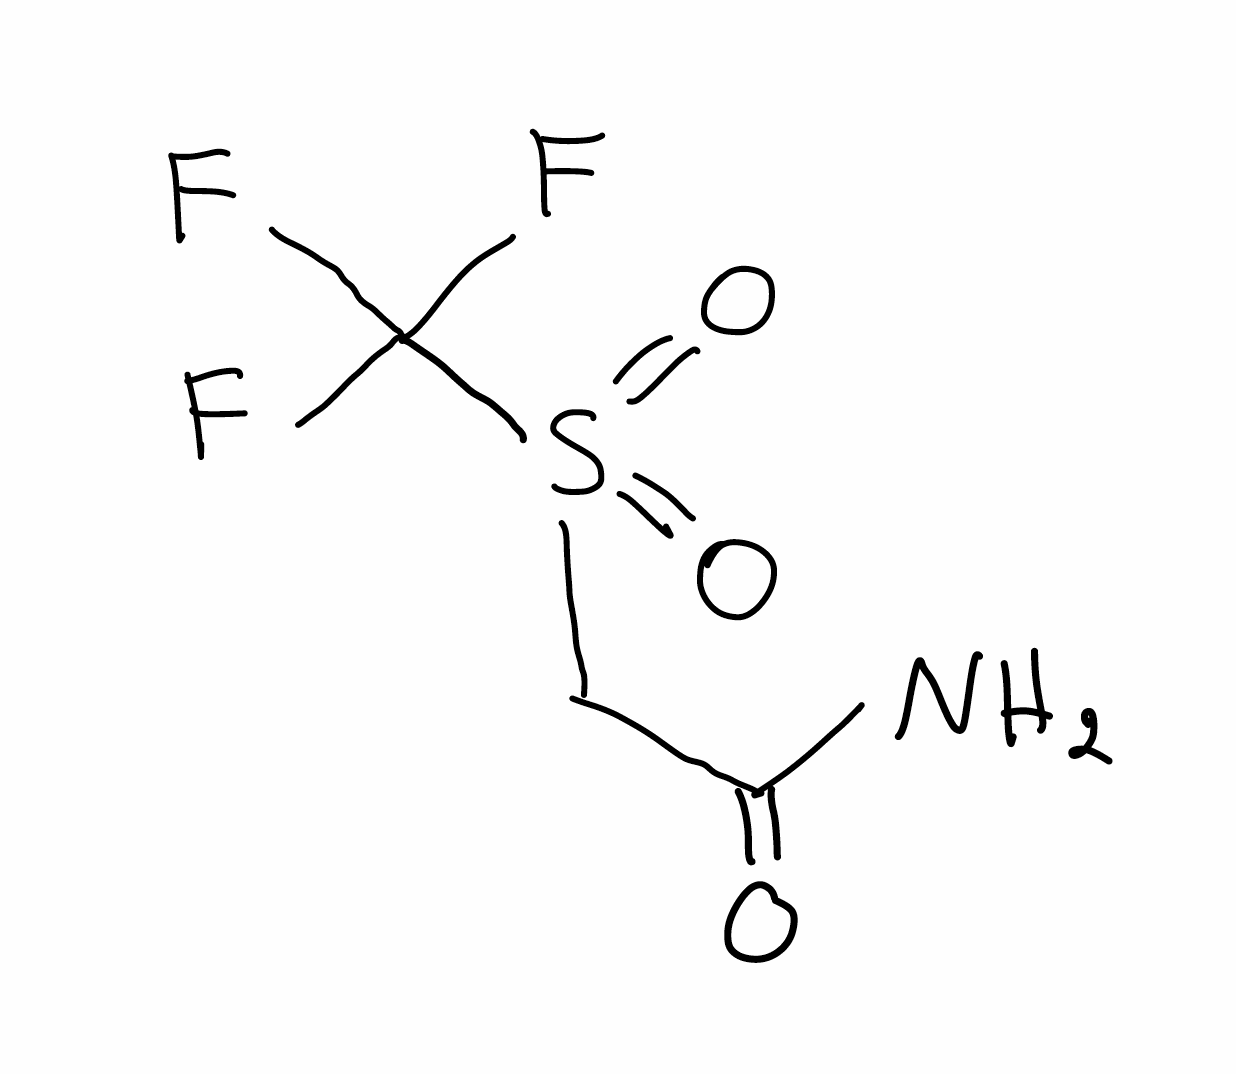
Simplified molecular-input line-entry system (SMILES) notation of the given molecule:
C(C(=O)N)S(=O)(=O)C(F)(F)F